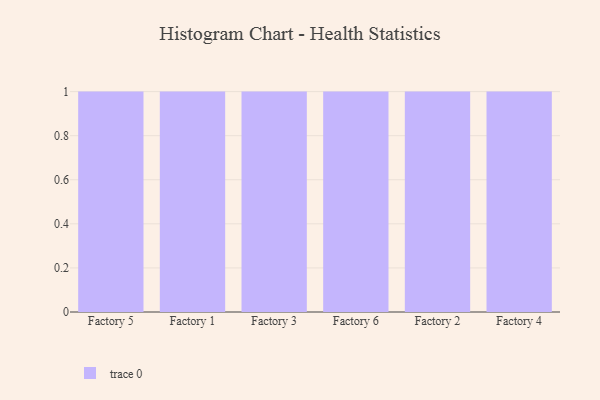
{"axis": {"x": "Factory", "y": "Market Share (%)"}, "legend": [""], "data": [{"x": "Factory 5", "y": 87, "type": ""}, {"x": "Factory 1", "y": 39, "type": ""}, {"x": "Factory 3", "y": 16, "type": ""}, {"x": "Factory 6", "y": 73, "type": ""}, {"x": "Factory 2", "y": 61, "type": ""}, {"x": "Factory 4", "y": 31, "type": ""}]}